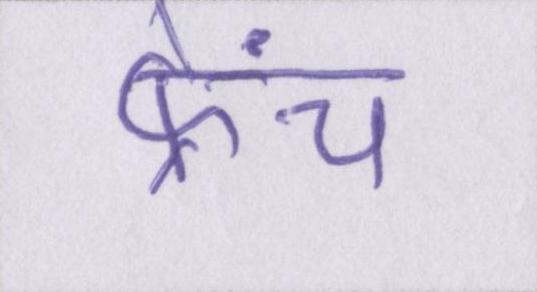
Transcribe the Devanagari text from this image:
फ्रेंच